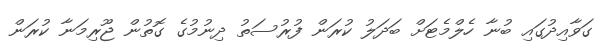
ގަވާއިދުގައި ބުނާ ހެލްމެޓަށް ބަދަލު ކުރަން ފުރުސަތު ދިނުމުގެ ގޮތުން ޖޫރިމަނާ ކުރަން